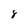
Character: 8